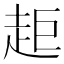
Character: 𧺹